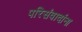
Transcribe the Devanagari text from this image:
परिसंवादांना